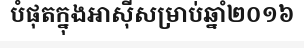
បំផុតក្នុងអាស៊ីសម្រាប់ឆ្នាំ២០១៦